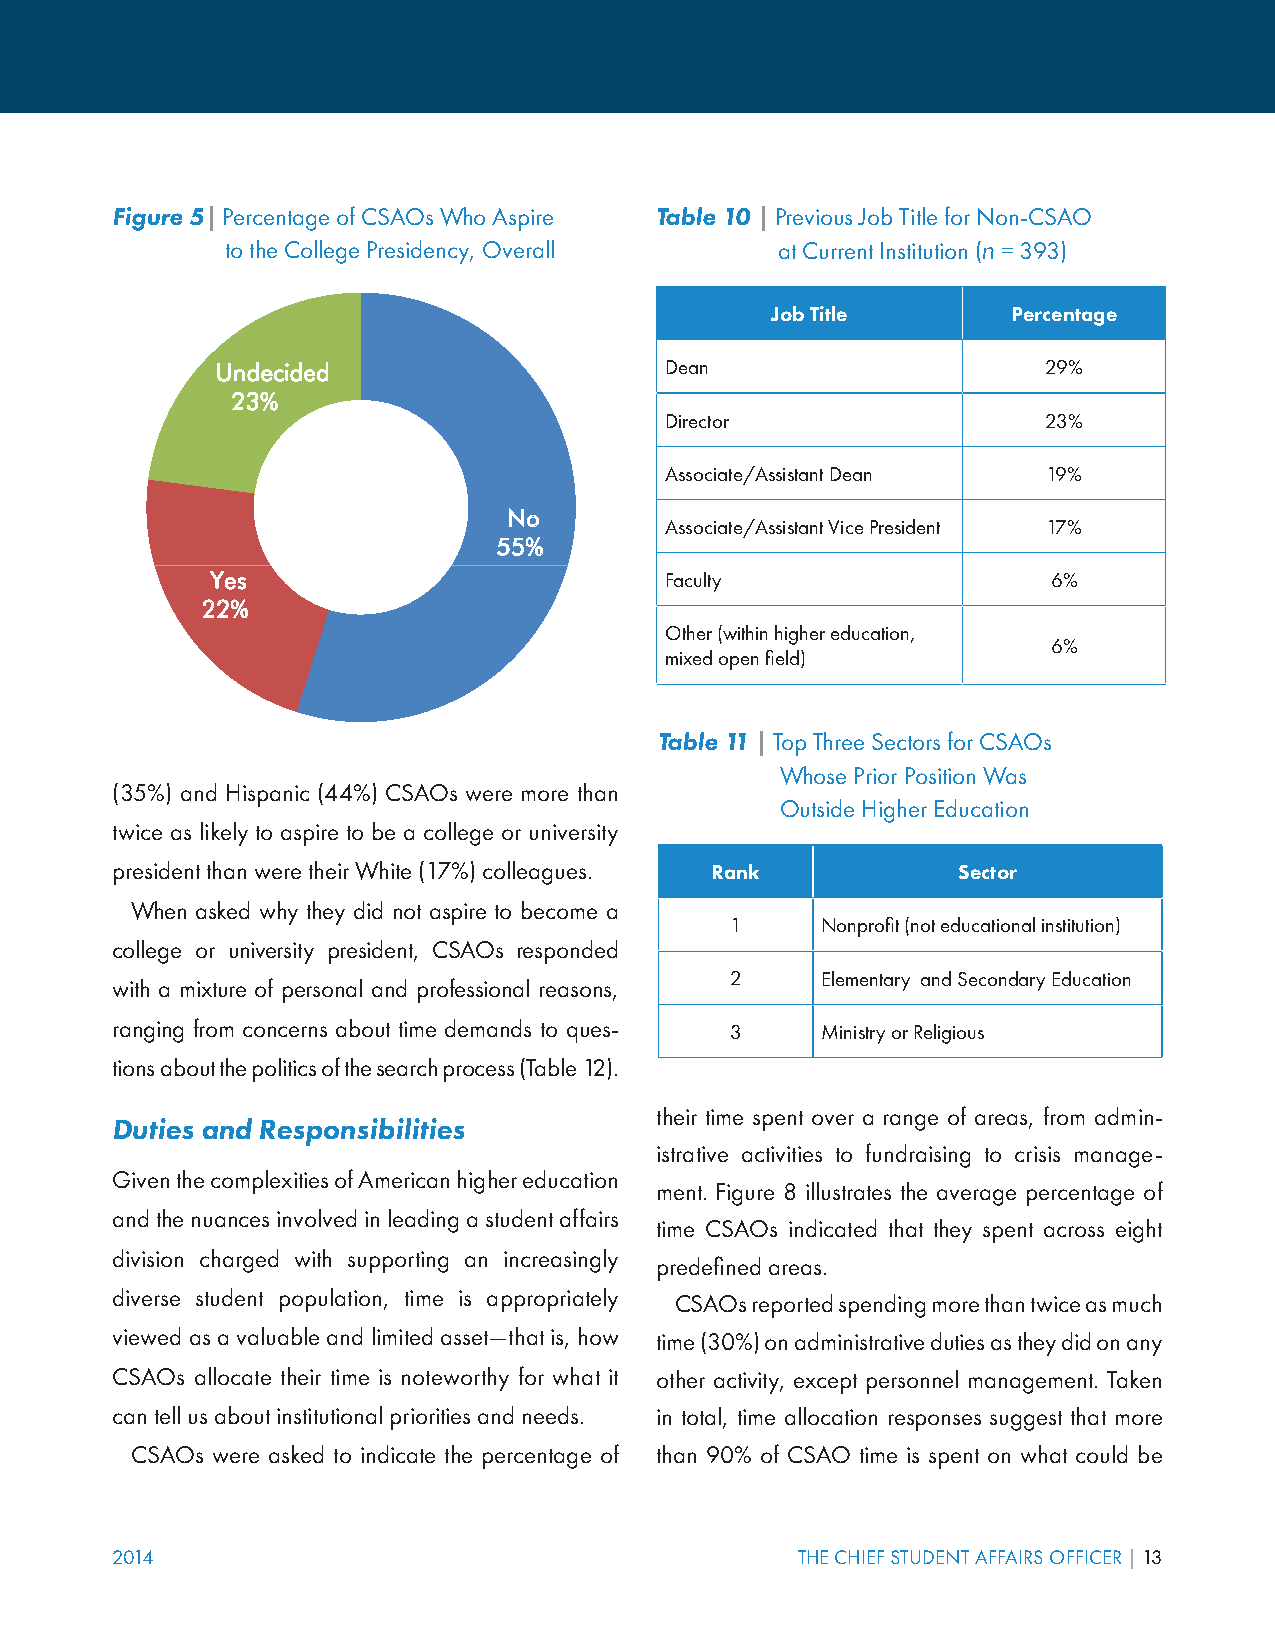
Figure 5| Percentage of CSAOs Who Aspire Table 10 | Previous Job Title for Non-CSAO
 to the College Presidency, Overall   at Current Institution (n = 393)
 Job Title       Percentage
 Undecided                     Dean                     29%
 23%
 Director                 23%
 Associate/Assistant Dean 19%
 No
 Associate/Assistant Vice President 17%
 55%
 Yes                           Faculty                   6%
 22%
 Other (within higher education,
 6%
 mixed open field)
 Table 11 | Top Three Sectors for CSAOs
 Whose Prior Position Was
 (35%) and Hispanic (44%) CSAOs were more than
 Outside Higher Education
 twice as likely to aspire to be a college or university
 president than were their White (17%) colleagues. Rank  Sector
 When asked why they did not aspire to become a
 1     Nonprofit (not educational institution)
 college or university president, CSAOs responded
 2     Elementary and Secondary Education
 with a mixture of personal and professional reasons,
 ranging from concerns about time demands to ques- 3 Ministry or Religious
 tions about the politics of the search process (Table 12).
 their time spent over a range of areas, from admin-
 Duties and Responsibilities
 istrative activities to fundraising to crisis manage-
 Given the complexities of American higher education
 ment. Figure 8 illustrates the average percentage of
 and the nuances involved in leading a student affairs
 time CSAOs indicated that they spent across eight
 division charged with supporting an increasingly
 predefined areas.
 diverse student population, time is appropriately
 CSAOs reported spending more than twice as much
 viewed as a valuable and limited asset—that is, how time (30%) on administrative duties as they did on any
 CSAOs allocate their time is noteworthy for what it other activity, except personnel management. Taken
 can tell us about institutional priorities and needs. in total, time allocation responses suggest that more
 CSAOs were asked to indicate the percentage of than 90% of CSAO time is spent on what could be
 2014                                          THE CHIEF STUDENT AFFAIRS OFFICER | 13